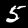
Digit: 5